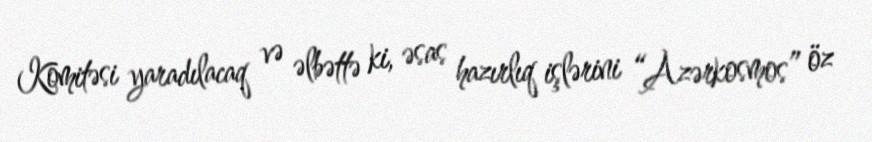
Komitəsi yaradılacaq və əlbəttə ki, əsas hazırlıq işlərini “Azərkosmos” öz